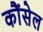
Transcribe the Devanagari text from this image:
कौंसेल